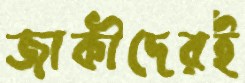
জাকীদেরই